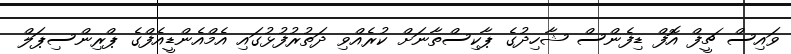
ވައިސް ޗީފް އޮފް ޑިފެންސް ޝާހިދުގެ ޕާކިސްތާނަށް ކުރެއްވި ދަތުރުފުޅުގައި އެމްއެންޑީއެފްގެ ޕްރިންސިޕަލް